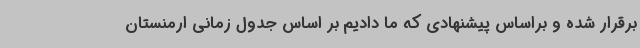
برقرار شده و براساس پیشنهادی که ما دادیم بر اساس جدول زمانی ارمنستان